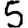
Digit: 5